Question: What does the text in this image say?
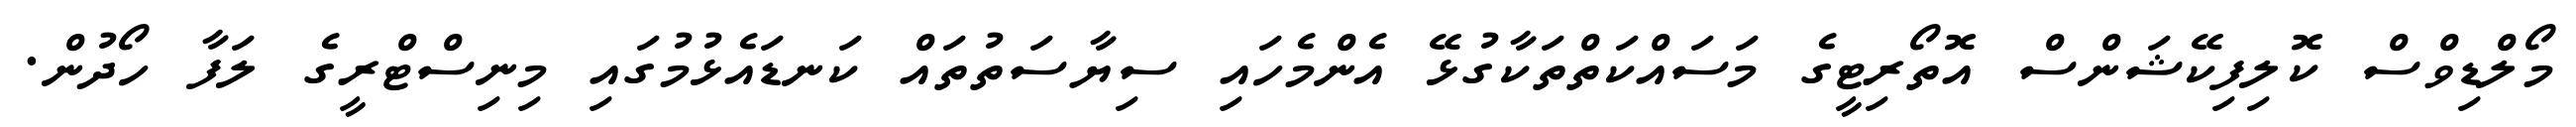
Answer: މޯލްޑިވްސް ކޮލިފިކޭޝަންސް އޮތޯރިޓީގެ މަސައްކަތްތަކާގުޅޭ އެންމެހައި ސިޔާސަތުތައް ކަނޑައެޅުމުގައި މިނިސްޓްރީގެ ލަފާ ހޯދުން.